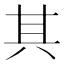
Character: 其